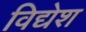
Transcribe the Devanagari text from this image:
विद्येश